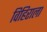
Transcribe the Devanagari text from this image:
विहिराला